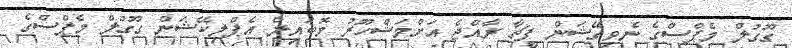
ގޫގުލް މެޕްސްގެ ނެވިގޭޝަން ފީޗާ ރާއްޖެ އަށްމަޝްހޫރު މޮބައިލް އެޕްލިކޭޝަން ގޫގުލް މެޕްސްގެ